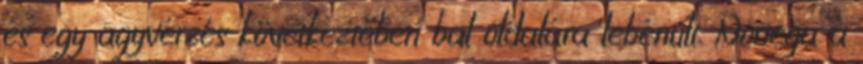
és egy agyvérzés következtében bal oldalára lebénult. Noriega a